Vaccination in Bombay 1924-1928 - 1924-1928
Year: 1924
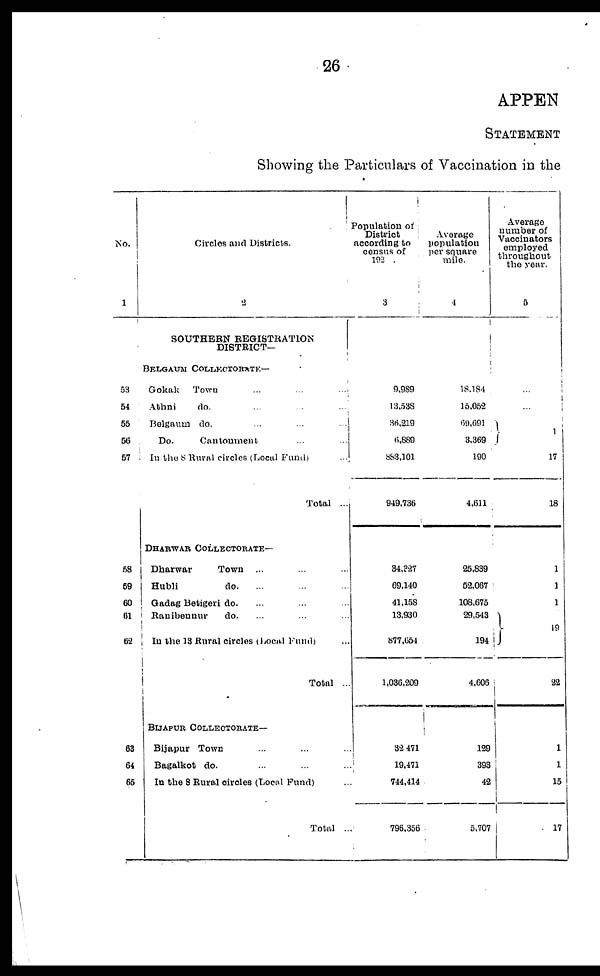
26
APPEN
STATEMENT
Showing the Particulars of Vaccination in the
No.
1
53
54
55
56
57
58
59
60
61
62
63
64
65
Circles and Districts.
2
SOUTHERN REGISTRATION
DISTRICT—
BELGAUM COLLECTORATE—
Gokak
Town
...
...
...
Athni
do. ... ... ...
Belgaum
do. ... ... ...
Do.
Cantonment ... ... ...
In the 8 Rural circles (Local Fund) ...
Total ...
DHARWAR COLLECTORATE—
Dharwar
Town ... ... ...
Hubli
do. ... ... ...
Gadag Betigeri do. ... ... ...
Ranibennur
do. ... ... ...
In the 13 Rural circles (Local Fund) ...
Total ...
BIJAPUR COLLECTORATE—
Bijapur Town ... ... ...
Bagalkot do. ... ... ...
In the 8 Rural circles (Local Fund) ...
Total ...
Population of
District
according to
census of
192 .
3
9,989
13,538
36,219
6,889
883,101
949,736
84,327
69,140
41,158
13,930
877,654
1,036,209
32 471
19,471
744,414
796,356
Average
population
per square
mile.
4
18,184
15,052
69,691
3,369
190
4,611
25,839
52,067
108,675
29,543
194
4,606
129
393
42
5,707
Average
number of
Vaccinators
employed
throughout
the year.
5
...
...
1
17
18
1
1
1
19
22
1
1
15
17